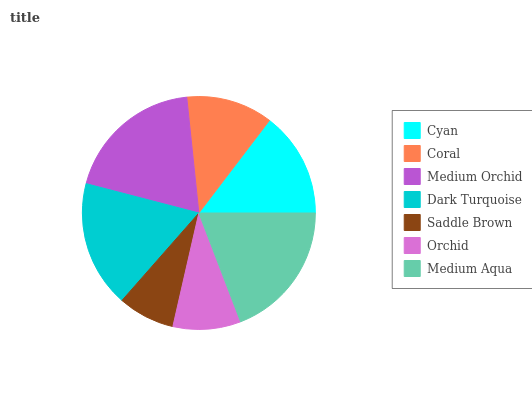
| Cyan | Coral | Medium Orchid | Dark Turquoise | Saddle Brown | Orchid | Medium Aqua |
 | --- | --- | --- | --- | --- | --- | --- |
 | 14.7% | 12% | 19.3% | 17.5% | 7.91% | 9.42% | 19.1% |